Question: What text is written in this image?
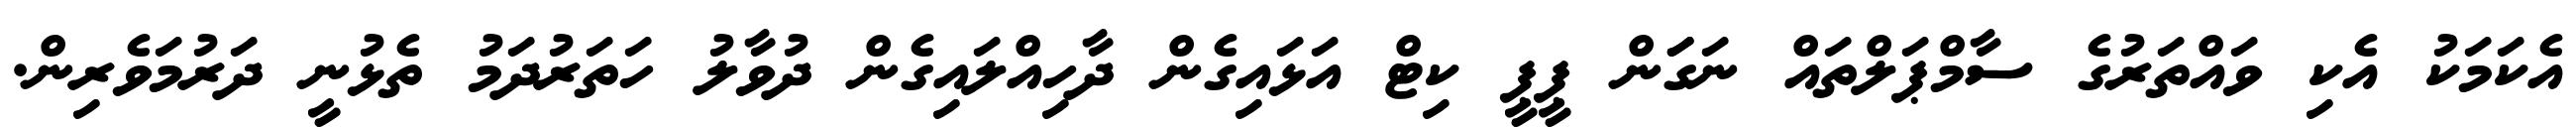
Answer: އެކަމަކު އެކި ވައްތަރުގެ ސާމްޕަލްތައް ނަގަަން ޕީޕީ ކިޓް އަޅައިގެން ދާހިއްލައިގެން ދުވާލު ހަތަރުދަމު ތެޅުނީ ދަރުމަވެރިން.